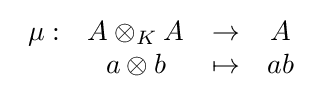
{\begin{array}{rccc}\mu :&A\otimes _{K}A&\to &A\\&a\otimes b&\mapsto &ab\end{array}}